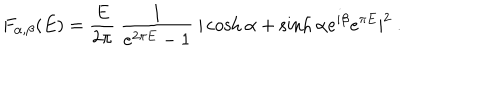
LaTeX: F _ { \alpha , \beta } ( E ) = { \frac { E } { 2 \pi } } ~ { \frac { 1 } { e ^ { 2 \pi E } - 1 } } ~ | \cosh \alpha + \sinh \alpha e ^ { i \beta } e ^ { \pi E } | ^ { 2 } ~ .